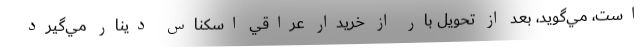
است، مي‌گويد، بعد از تحويل بار از خريدار عراقي اسكناس دينار مي‌گيرد